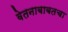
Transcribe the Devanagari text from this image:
वेतनाबाबतचा